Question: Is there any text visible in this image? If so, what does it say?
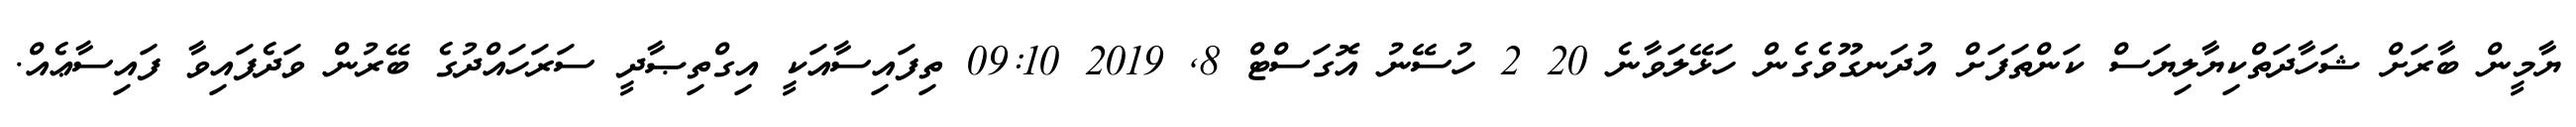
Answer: ޔާމީން ބާރަށް ޝަހާދަތްކިޔާލިޔަސް ކަންތަފަށް އުދަނގޫވެގެން ހަޅޭލަވާނެ 20 2 ހުސޭނު އޮގަސްޓް 8, 2019 09:10 ތިފައިސާއަކީ އިގްތިޞާދީ ސަރަހައްދުގެ ބޭރުން ވަދެފައިވާ ފައިސާޢެއް.